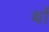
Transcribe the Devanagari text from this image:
थों